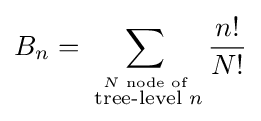
B_{n}=\sum _{\stackrel {N{\text{ node of}}}{{\text{ tree-level }}n}}{\frac {n!}{N!}}